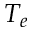
T _ { e }